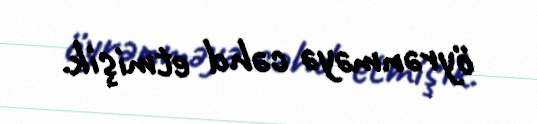
öyrənməyə cəhd etmişik.